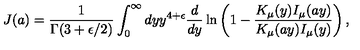
J ( a ) = { \frac { 1 } { \Gamma ( 3 + \epsilon / 2 ) } } \int _ { 0 } ^ { \infty } d y y ^ { 4 + \epsilon } { \frac { d } { d y } } \ln \left( 1 - { \frac { K _ { \mu } ( y ) I _ { \mu } ( a y ) } { K _ { \mu } ( a y ) I _ { \mu } ( y ) } } \right) ,